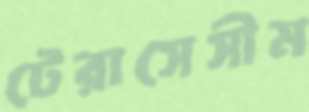
টেরাসেসীম